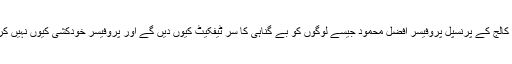
ایم اے او کالج کے پرنسپل پروفیسر افضل محمود جیسے لوگوں کو بے گناہی کا سر ٹیفکیٹ کیوں دیں گے اور پروفیسر خودکشی کیوں نہیں کریں گے؟